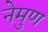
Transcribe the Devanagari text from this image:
नेमुण